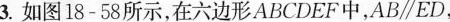
3.如图18- 58所示,在六边形ABCDEF中,AB//ED,